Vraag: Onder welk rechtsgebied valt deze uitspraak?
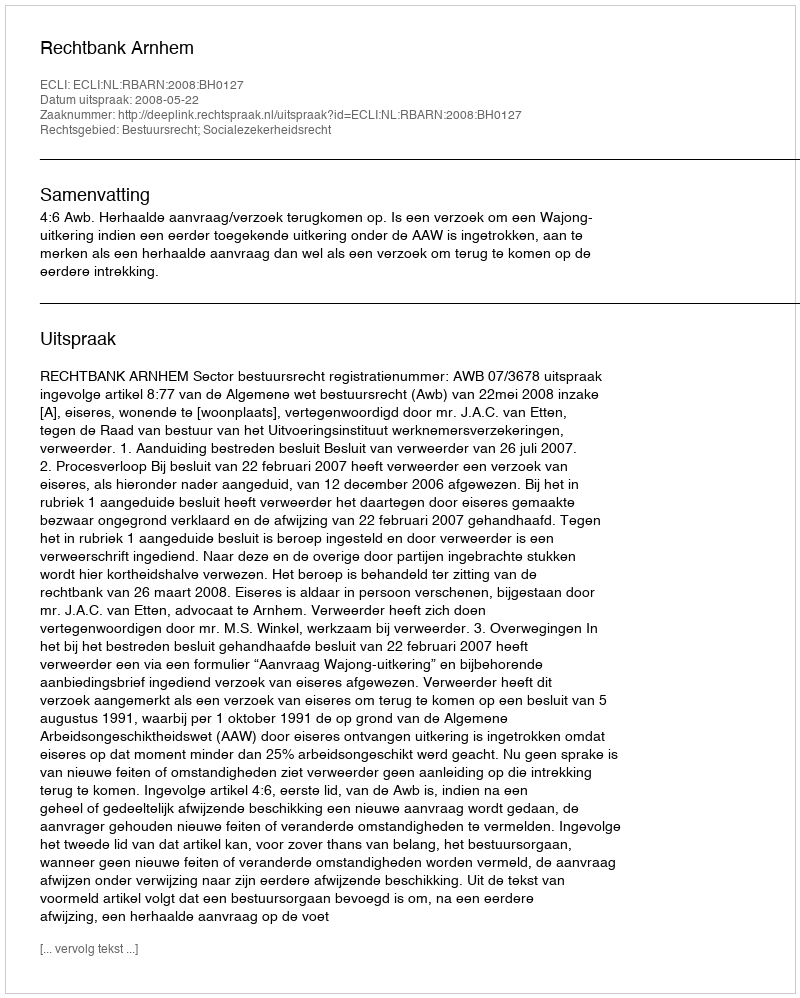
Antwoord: Bestuursrecht; Socialezekerheidsrecht